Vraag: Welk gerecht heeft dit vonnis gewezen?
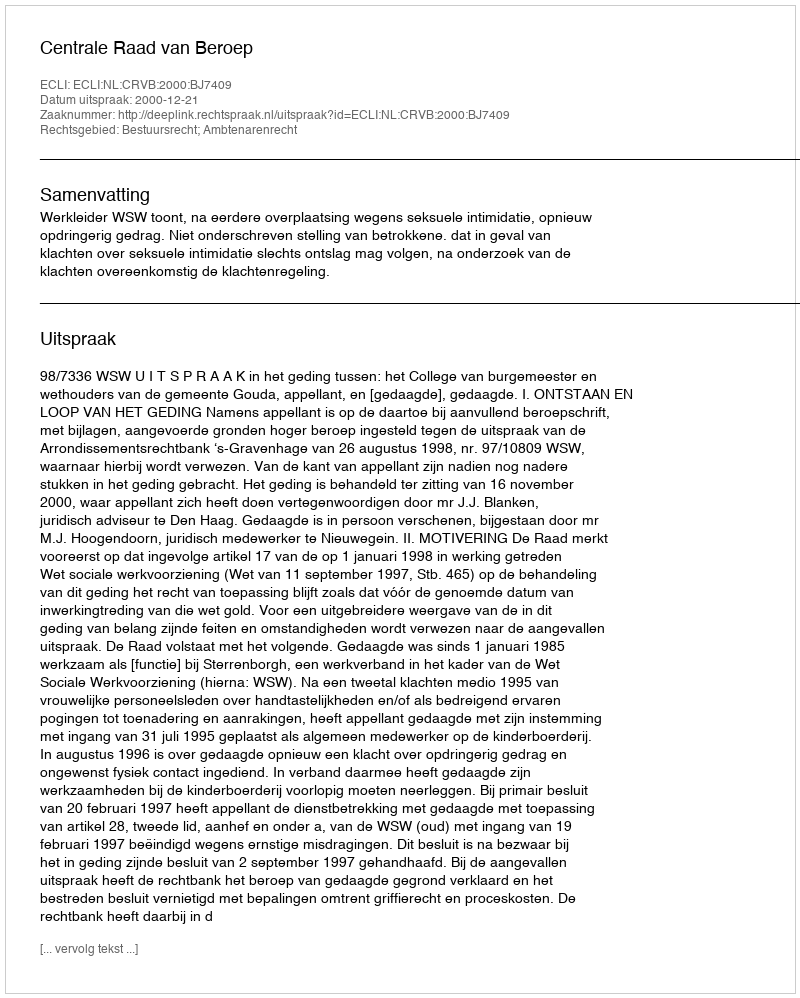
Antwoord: Centrale Raad van Beroep